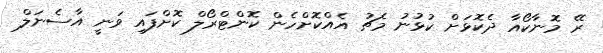
ރޭ މޮނާކޯއާ ދެކޮޅަށް ކުޅުނު މެޗު އެއްކޮށްހެން ކޮންޓްރޯލް ކޮށްފައި ވަނީ އާސެނަލް